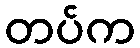
တပ်က